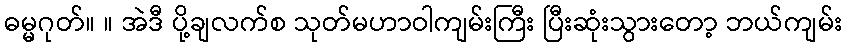
ဓမ္မဂုတ်။ ။ အဲဒီ ပို့ချလက်စ သုတ်မဟာဝါကျမ်းကြီး ပြီးဆုံးသွားတော့ ဘယ်ကျမ်း